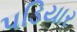
પડિયાર